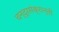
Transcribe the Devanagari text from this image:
चन्द्रसंक्रान्ती